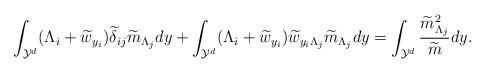
LaTeX: \begin{align*} \int_{\mathcal{Y}^d} (\Lambda_i+\widetilde{w}_{y_i} )\widetilde{\delta}_{ij}\widetilde{m}_{\Lambda_j}dy+\int_{\mathcal{Y}^d}(\Lambda_i+\widetilde{w}_{y_i} )\widetilde{w}_{y_i\Lambda_j}\widetilde{m}_{\Lambda_j}dy=\int_{\mathcal{Y}^d}\frac{\widetilde{m}_{\Lambda_j}^2}{\widetilde{m}}dy. \end{align*}